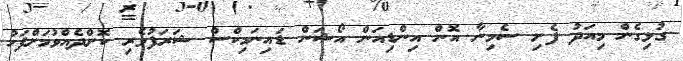
ގުޅިގެން މިއަދު ފެށި ސެމިނާ އޮން އިންޑިއަން އޯޝަން ޑައިނަމިކްސް ޝަރަފުވެރި ކޮށްދެއްވުމަށްފަހު